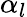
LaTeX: \alpha_{l}